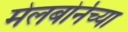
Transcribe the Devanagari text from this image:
मेलबोर्नच्या